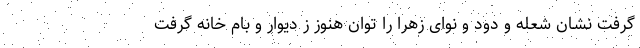
گرفت نشان شعله و دود و نوای زهرا را توان هنوز ز دیوار و بام خانه گرفت